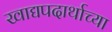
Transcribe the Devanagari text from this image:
खाद्यपदार्थाच्या